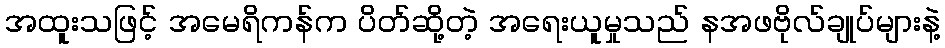
အထူးသဖြင့် အမေရိကန်က ပိတ်ဆို့တဲ့ အရေးယူမှုသည် နအဖဗိုလ်ချုပ်များနဲ့